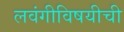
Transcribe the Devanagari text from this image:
लवंगीविषयीची